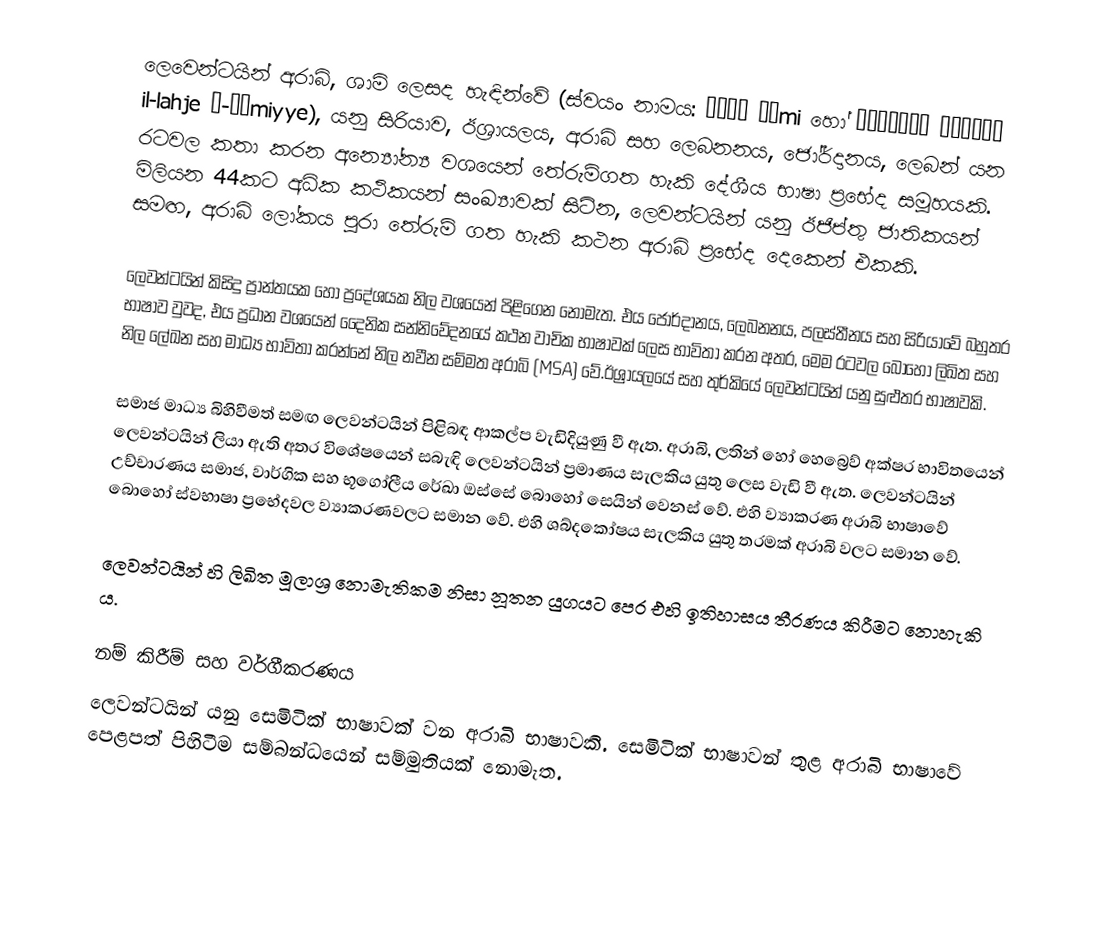
ලෙවෙන්ටයින් අරාබි, ශාමි ලෙසද හැඳින්වේ (ස්වයං නාමය: ‏شامي šāmi හෝ اللهجة الشامية il-lahje š-šāmiyye), යනු සිරියාව, ඊශ්‍රායලය, අරාබි සහ ලෙබනනය, ජෝර්දානය, ලෙබන් යන රටවල කතා කරන අන්‍යෝන්‍ය වශයෙන් තේරුම්ගත හැකි දේශීය භාෂා ප්‍රභේද සමූහයකි. මිලියන 44කට අධික කථිකයන් සංඛ්‍යාවක් සිටින, ලෙවන්ටයින් යනු ඊජිප්තු ජාතිකයන් සමඟ, අරාබි ලෝකය පුරා තේරුම් ගත හැකි කථන අරාබි ප්‍රභේද දෙකෙන් එකකි.

ලෙවන්ටයින් කිසිදු ප්‍රාන්තයක හෝ ප්‍රදේශයක නිල වශයෙන් පිළිගෙන නොමැත. එය ජෝර්දානය, ලෙබනනය, පලස්තීනය සහ සිරියාවේ බහුතර භාෂාව වුවද, එය ප්‍රධාන වශයෙන් දෛනික සන්නිවේදනයේ කථන වාචික භාෂාවක් ලෙස භාවිතා කරන අතර, මෙම රටවල බොහෝ ලිඛිත සහ නිල ලේඛන සහ මාධ්‍ය භාවිතා කරන්නේ නිල නවීන සම්මත අරාබි (MSA) වේ.ඊශ්‍රායලයේ සහ තුර්කියේ ලෙවන්ටයින් යනු සුළුතර භාෂාවකි.

සමාජ මාධ්‍ය බිහිවීමත් සමඟ ලෙවන්ටයින් පිළිබඳ ආකල්ප වැඩිදියුණු වී ඇත. අරාබි, ලතින් හෝ හෙබ්‍රෙව් අක්ෂර භාවිතයෙන් ලෙවන්ටයින් ලියා ඇති අතර විශේෂයෙන් සබැඳි ලෙවන්ටයින් ප්‍රමාණය සැලකිය යුතු ලෙස වැඩි වී ඇත. ලෙවන්ටයින් උච්චාරණය සමාජ, වාර්ගික සහ භූගෝලීය රේඛා ඔස්සේ බොහෝ සෙයින් වෙනස් වේ. එහි ව්‍යාකරණ අරාබි භාෂාවේ බොහෝ ස්වභාෂා ප්‍රභේදවල ව්‍යාකරණවලට සමාන වේ. එහි ශබ්දකෝෂය සැලකිය යුතු තරමක් අරාබි වලට සමාන වේ.

ලෙවන්ටයින් හි ලිඛිත මූලාශ්‍ර නොමැතිකම නිසා නූතන යුගයට පෙර එහි ඉතිහාසය තීරණය කිරීමට නොහැකි ය.

නම් කිරීම් සහ වර්ගීකරණය
ලෙවන්ටයින් යනු සෙමිටික් භාෂාවක් වන අරාබි භාෂාවකි. සෙමිටික් භාෂාවන් තුළ අරාබි භාෂාවේ පෙළපත් පිහිටීම සම්බන්ධයෙන් සම්මුතියක් නොමැත.